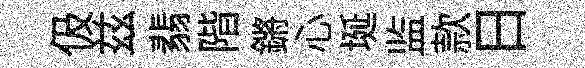
伋兹翡階鏘心埏监款日